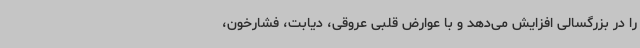
را در بزرگسالی افزایش می‌دهد و با عوارض قلبی عروقی، دیابت، فشارخون،